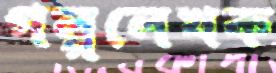
গল্পলেখক